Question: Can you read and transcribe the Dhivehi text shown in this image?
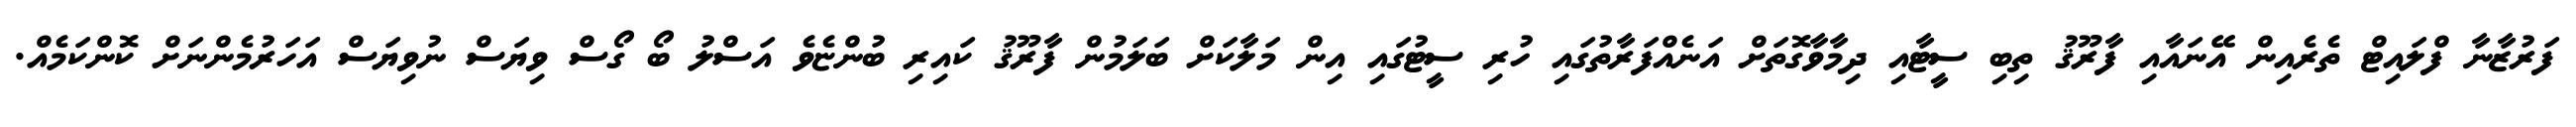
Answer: ފަރުޒާނާ ފްލައިޓް ތެރެއިން އޭނައާއި ފާރޫޤު ތިބި ސީޓާއި ދިމާވާގޮތަށް އަނެއްފަރާތުގައި ހުރި ސީޓުގައި އިން މަލާކަށް ބަލަމުން ފާރޫޤު ކައިރި ބުންޏެވެ އަސްލު ބޯ ގޯސް ވިޔަސް ނުވިޔަސް އަހަރުމެންނަށް ކޮންކަމެއް.